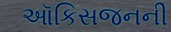
ઑકિસજનની